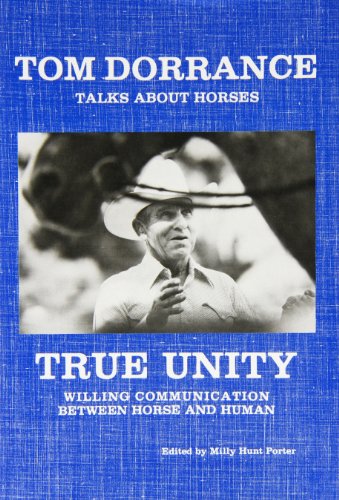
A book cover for True Unity: Willing Communication Between Horse and Human; Tom Dorrance; Crafts, Hobbies & Home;